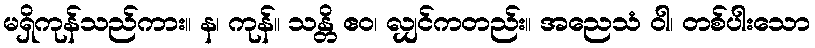
မရှိကုန်သည်ကား။ န၊ ကုန်။ သန္တိ ဧဝ၊ လျှင်ကတည်း။ အညေသံ ဝါ၊ တစ်ပါးသော